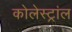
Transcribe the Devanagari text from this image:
कोलेस्ट्रांल